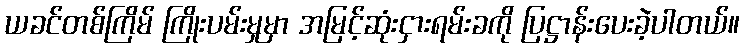
ယခင်တစ်ကြိမ် ကြိုးပမ်းမှုမှာ အမြင့်ဆုံးငှားရမ်းခကို ပြဋ္ဌာန်းပေးခဲ့ပါတယ်။